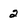
Character: 2